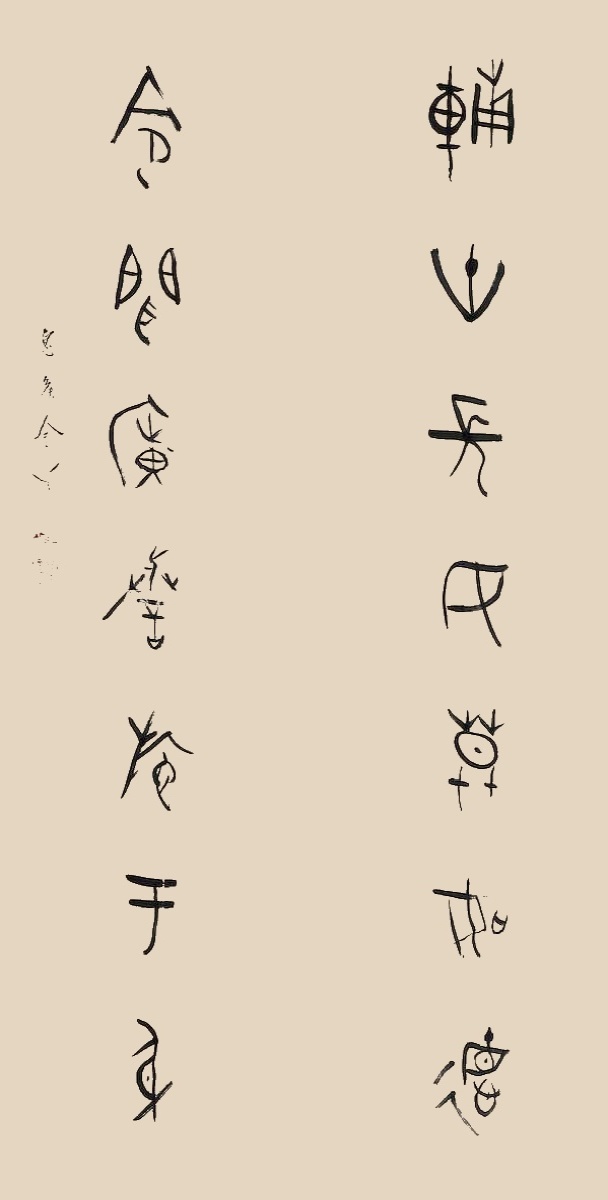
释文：辅世长民莫如德，令闻广誉施于身。息侯金梁。